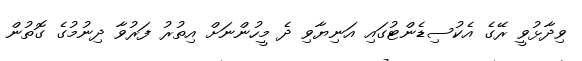
ވިދާޅުވީ ރޭގެ އެކުސިޑެންޓުގައި އަނިޔާވި ދެ މީހުންނަށް އިތުރު ފަރުވާ ދިނުމުގެ ގޮތުން